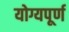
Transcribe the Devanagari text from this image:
योग्यपूर्ण